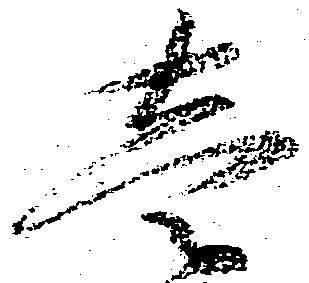
壱